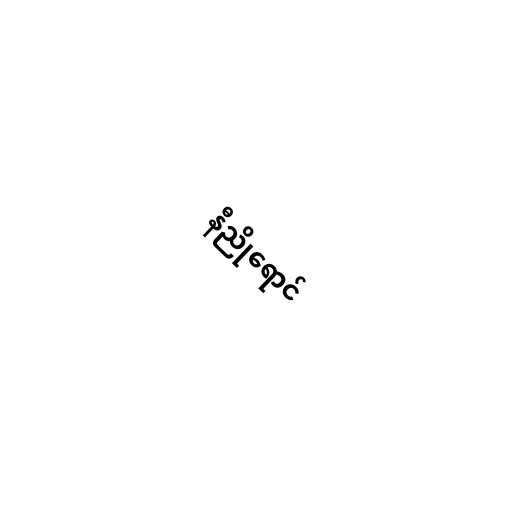
နီညိုရောင်